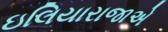
ઇલિયારાજાએ